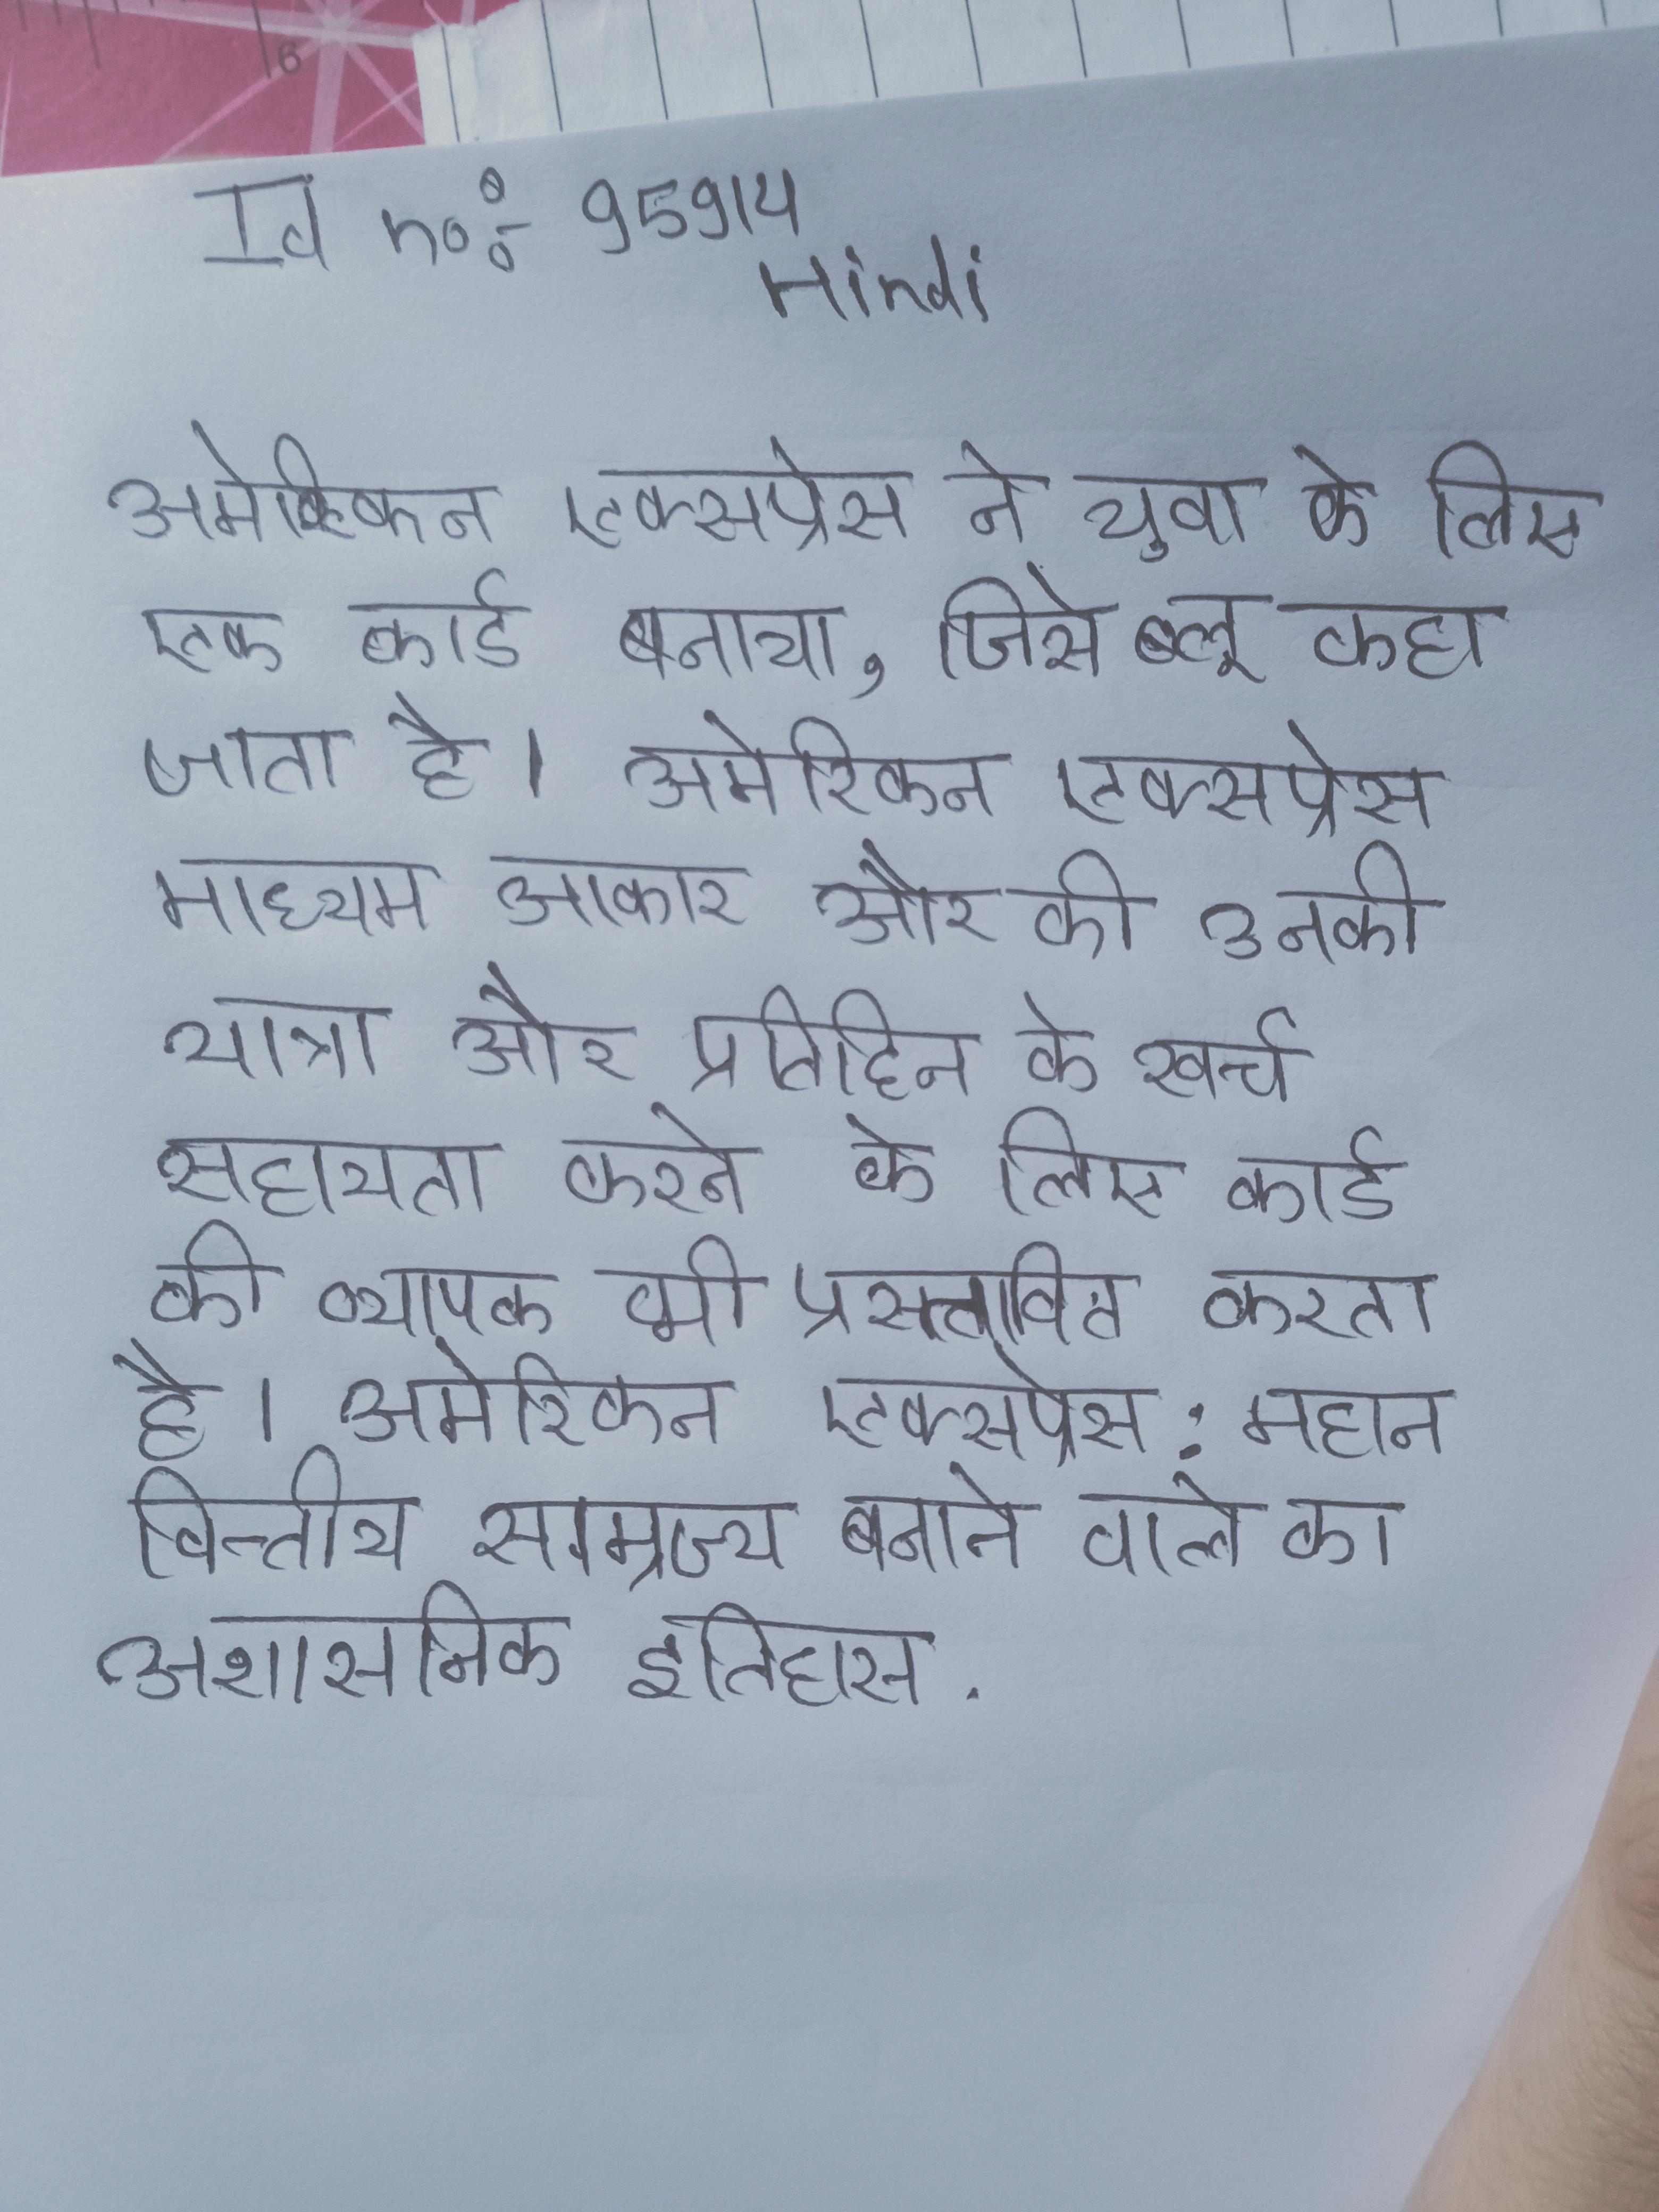
अमेरिकन एक्सप्रेस ने युवा के लिए एक कार्ड बनाया, जिसे ब्लू कहा जाता है । अमेरिकन एक्सप्रेस मध्यम-आकार और की उनकी यात्रा और प्रितिदिन के खर्च सहायता करने के लिए कार्ड की व्यापक भी प्रस्तावित करता है । अमेरिकन एक्सप्रेस: महान वित्तीय साम्राज्य बनाने वाले का अशासनिक इतिहास .